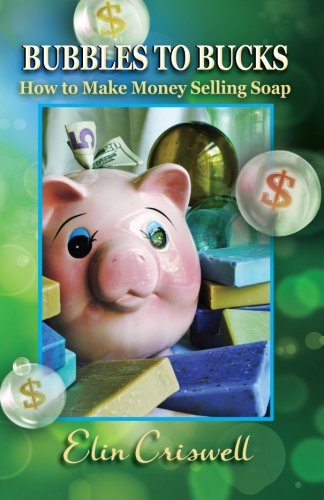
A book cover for Bubbles to Bucks: How to Make Money Selling Soap; Elin Criswell; Crafts, Hobbies & Home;